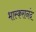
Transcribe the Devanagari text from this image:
भास्करानंद